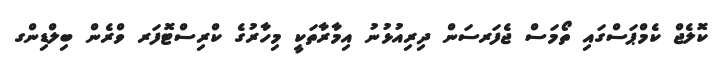
ކޮލެޖް ކެމްޕަސްގައި ތޯމަސް ޖެފަރސަން ދިރިއުޅުނު އިމާރާތަކީ މިހާރުގެ ކްރިސްޓޮފަރ ވްރެން ބިލްޑިންގ